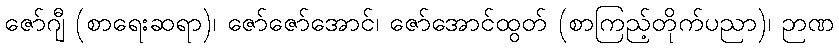
ဇော်ဂျီ (စာရေးဆရာ)၊ ဇော်ဇော်အောင်၊ ဇော်အောင်ထွတ် (စာကြည့်တိုက်ပညာ)၊ ဉာဏ